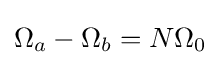
\Omega _{a}-\Omega _{b}=N\Omega _{0}